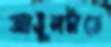
আঙুলটাতে